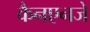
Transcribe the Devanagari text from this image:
कैनएनजे